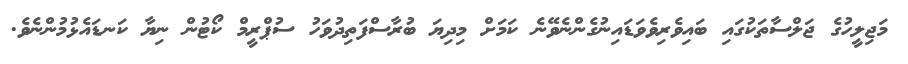
މަޖިލީހުގެ ޖަލްސާތަކުގައި ބައިވެރިވެވަޑައިނުގެންނެވޭނެ ކަމަށް މިދިޔަ ބުރާސްފަތިދުވަހު ސުޕްރީމް ކޯޓުން ނިޔާ ކަނޑައެޅުމުންނެވެ.